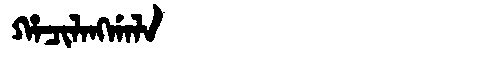
Manchu: ᡥᠠᠴᡳᠯᠠᠩᡤᠠᠯᠠ
Romanization: HACILANGGALA